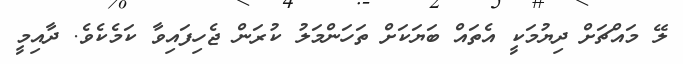
ލޭ މައްޗަށް ދިޔުމަކީ އެތައް ބަޔަކަށް ތަހަންމަލު ކުރަން ޖެހިފައިވާ ކަމެކެވެ. ދާއިމީ